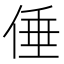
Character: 倕